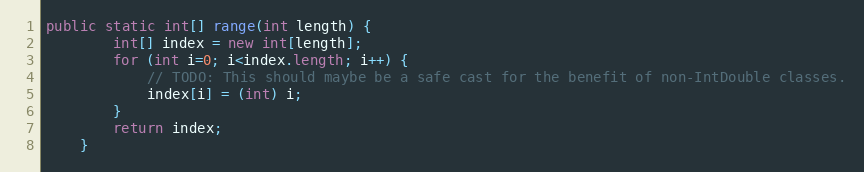
Language: Java
public static int[] range(int length) {
        int[] index = new int[length];
        for (int i=0; i<index.length; i++) {
            // TODO: This should maybe be a safe cast for the benefit of non-IntDouble classes.
            index[i] = (int) i;
        }
        return index;
    }